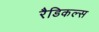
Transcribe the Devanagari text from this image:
रैडिकल्स